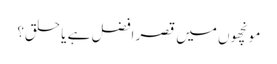
مونچھوں میں قصر افضل ہے یا حلق؟